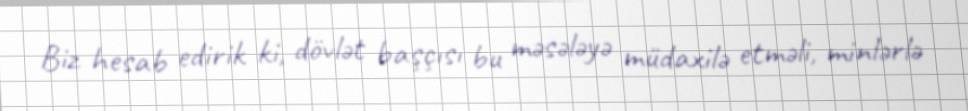
Biz hesab edirik ki, dövlət başçısı bu məsələyə müdaxilə etməli, minlərlə